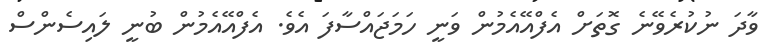
ވާދަ ނުކުރެވޭނެ ގޮތަށް އެފްއޭއެމުން ވަނީ ހަމަޖައްސާފަ އެވެ. އެފްއޭއެމުން ބުނީ ލައިސެންސް